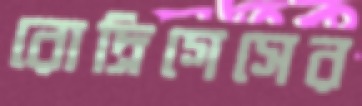
রোদ্রিগেসের